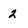
Character: 2